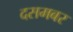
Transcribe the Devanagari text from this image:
दसमबर